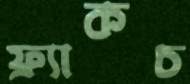
ফ্র্যাকচ